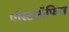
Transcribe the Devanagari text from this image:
पोस्टऑफिस